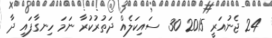
24 ޖެނުއަރީ 2015 30  ސައިކަލެއް ދަތުރުކުރާ ނަމަ ހިނގާފައި ދާ